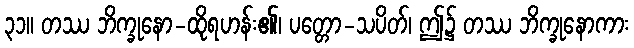
၃၁။ တဿ ဘိက္ခုနော-ထိုရဟန်း၏၊ ပတ္တော-သပိတ်၊ ဤ၌ တဿ ဘိက္ခုနောကား